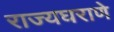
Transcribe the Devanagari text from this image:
राज्यघराणे